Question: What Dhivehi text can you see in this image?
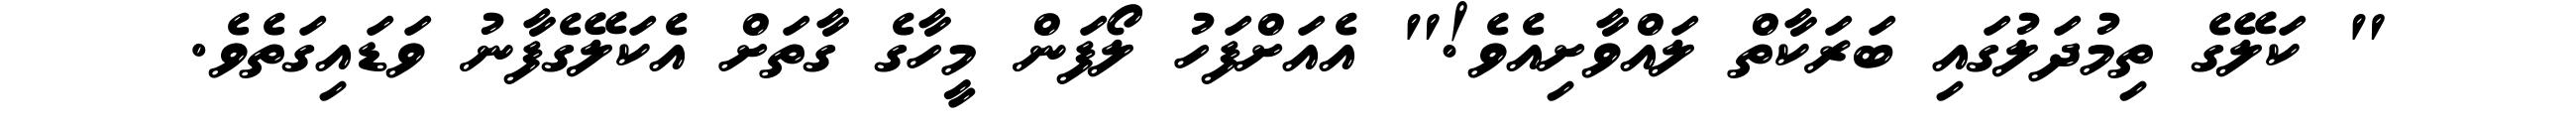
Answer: " ކަލޭގެ ތިމުދަލުގައި ބަރަކާތް ލައްވާށިއެވެ!" އެއަށްފަހު ލޯފަން މީހާގެ ގާތަށް އެކަލޭގެފާނު ވަޑައިގަތެވެ.